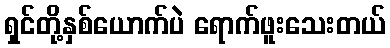
ရှင်တို့နှစ်ယောက်ပဲ ရောက်ဖူးသေးတယ်